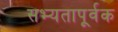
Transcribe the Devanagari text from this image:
सभ्यतापूर्वक